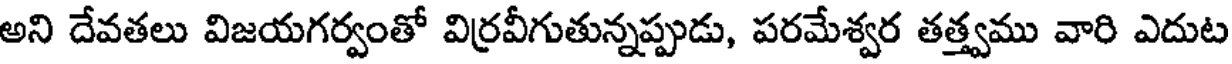
అని దేవతలు విజయగర్వంతో విర్రవీగుతున్నప్పుడు, పరమేశ్వర తత్త్వము వారి ఎదుట